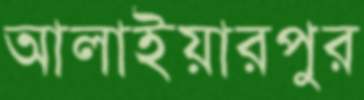
আলাইয়ারপুর